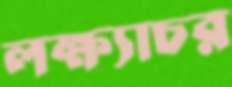
লক্ষ্যাচর